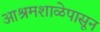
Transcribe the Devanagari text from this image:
आश्रमशाळेपासून